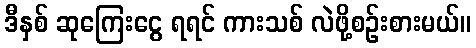
ဒီနှစ် ဆုကြေးငွေ ရရင် ကားသစ် လဲဖို့စဉ်းစားမယ်။